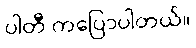
ပါတီ ကပြောပါတယ်။